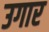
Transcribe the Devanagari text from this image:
उगार